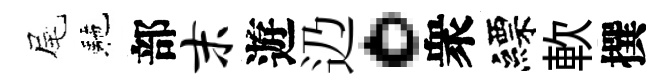
尾駰部末遊辸。衆縹軟撰